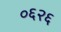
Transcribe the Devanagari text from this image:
०६२६